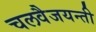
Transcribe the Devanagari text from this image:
चलवैजयन्ती